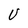
Character: U